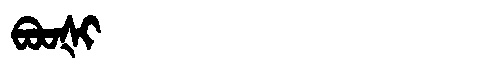
Manchu: ᠪᠣᠣᡧᡳ
Romanization: BOOŠI